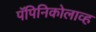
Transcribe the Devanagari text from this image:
पॅपिनिकोलाव्ह